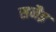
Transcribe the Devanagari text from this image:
सनैइ